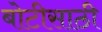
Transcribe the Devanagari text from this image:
बोटीसाठी